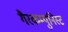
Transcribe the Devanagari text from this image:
गैरकम्युनिस्ट